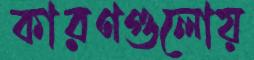
কারণগুলোয়